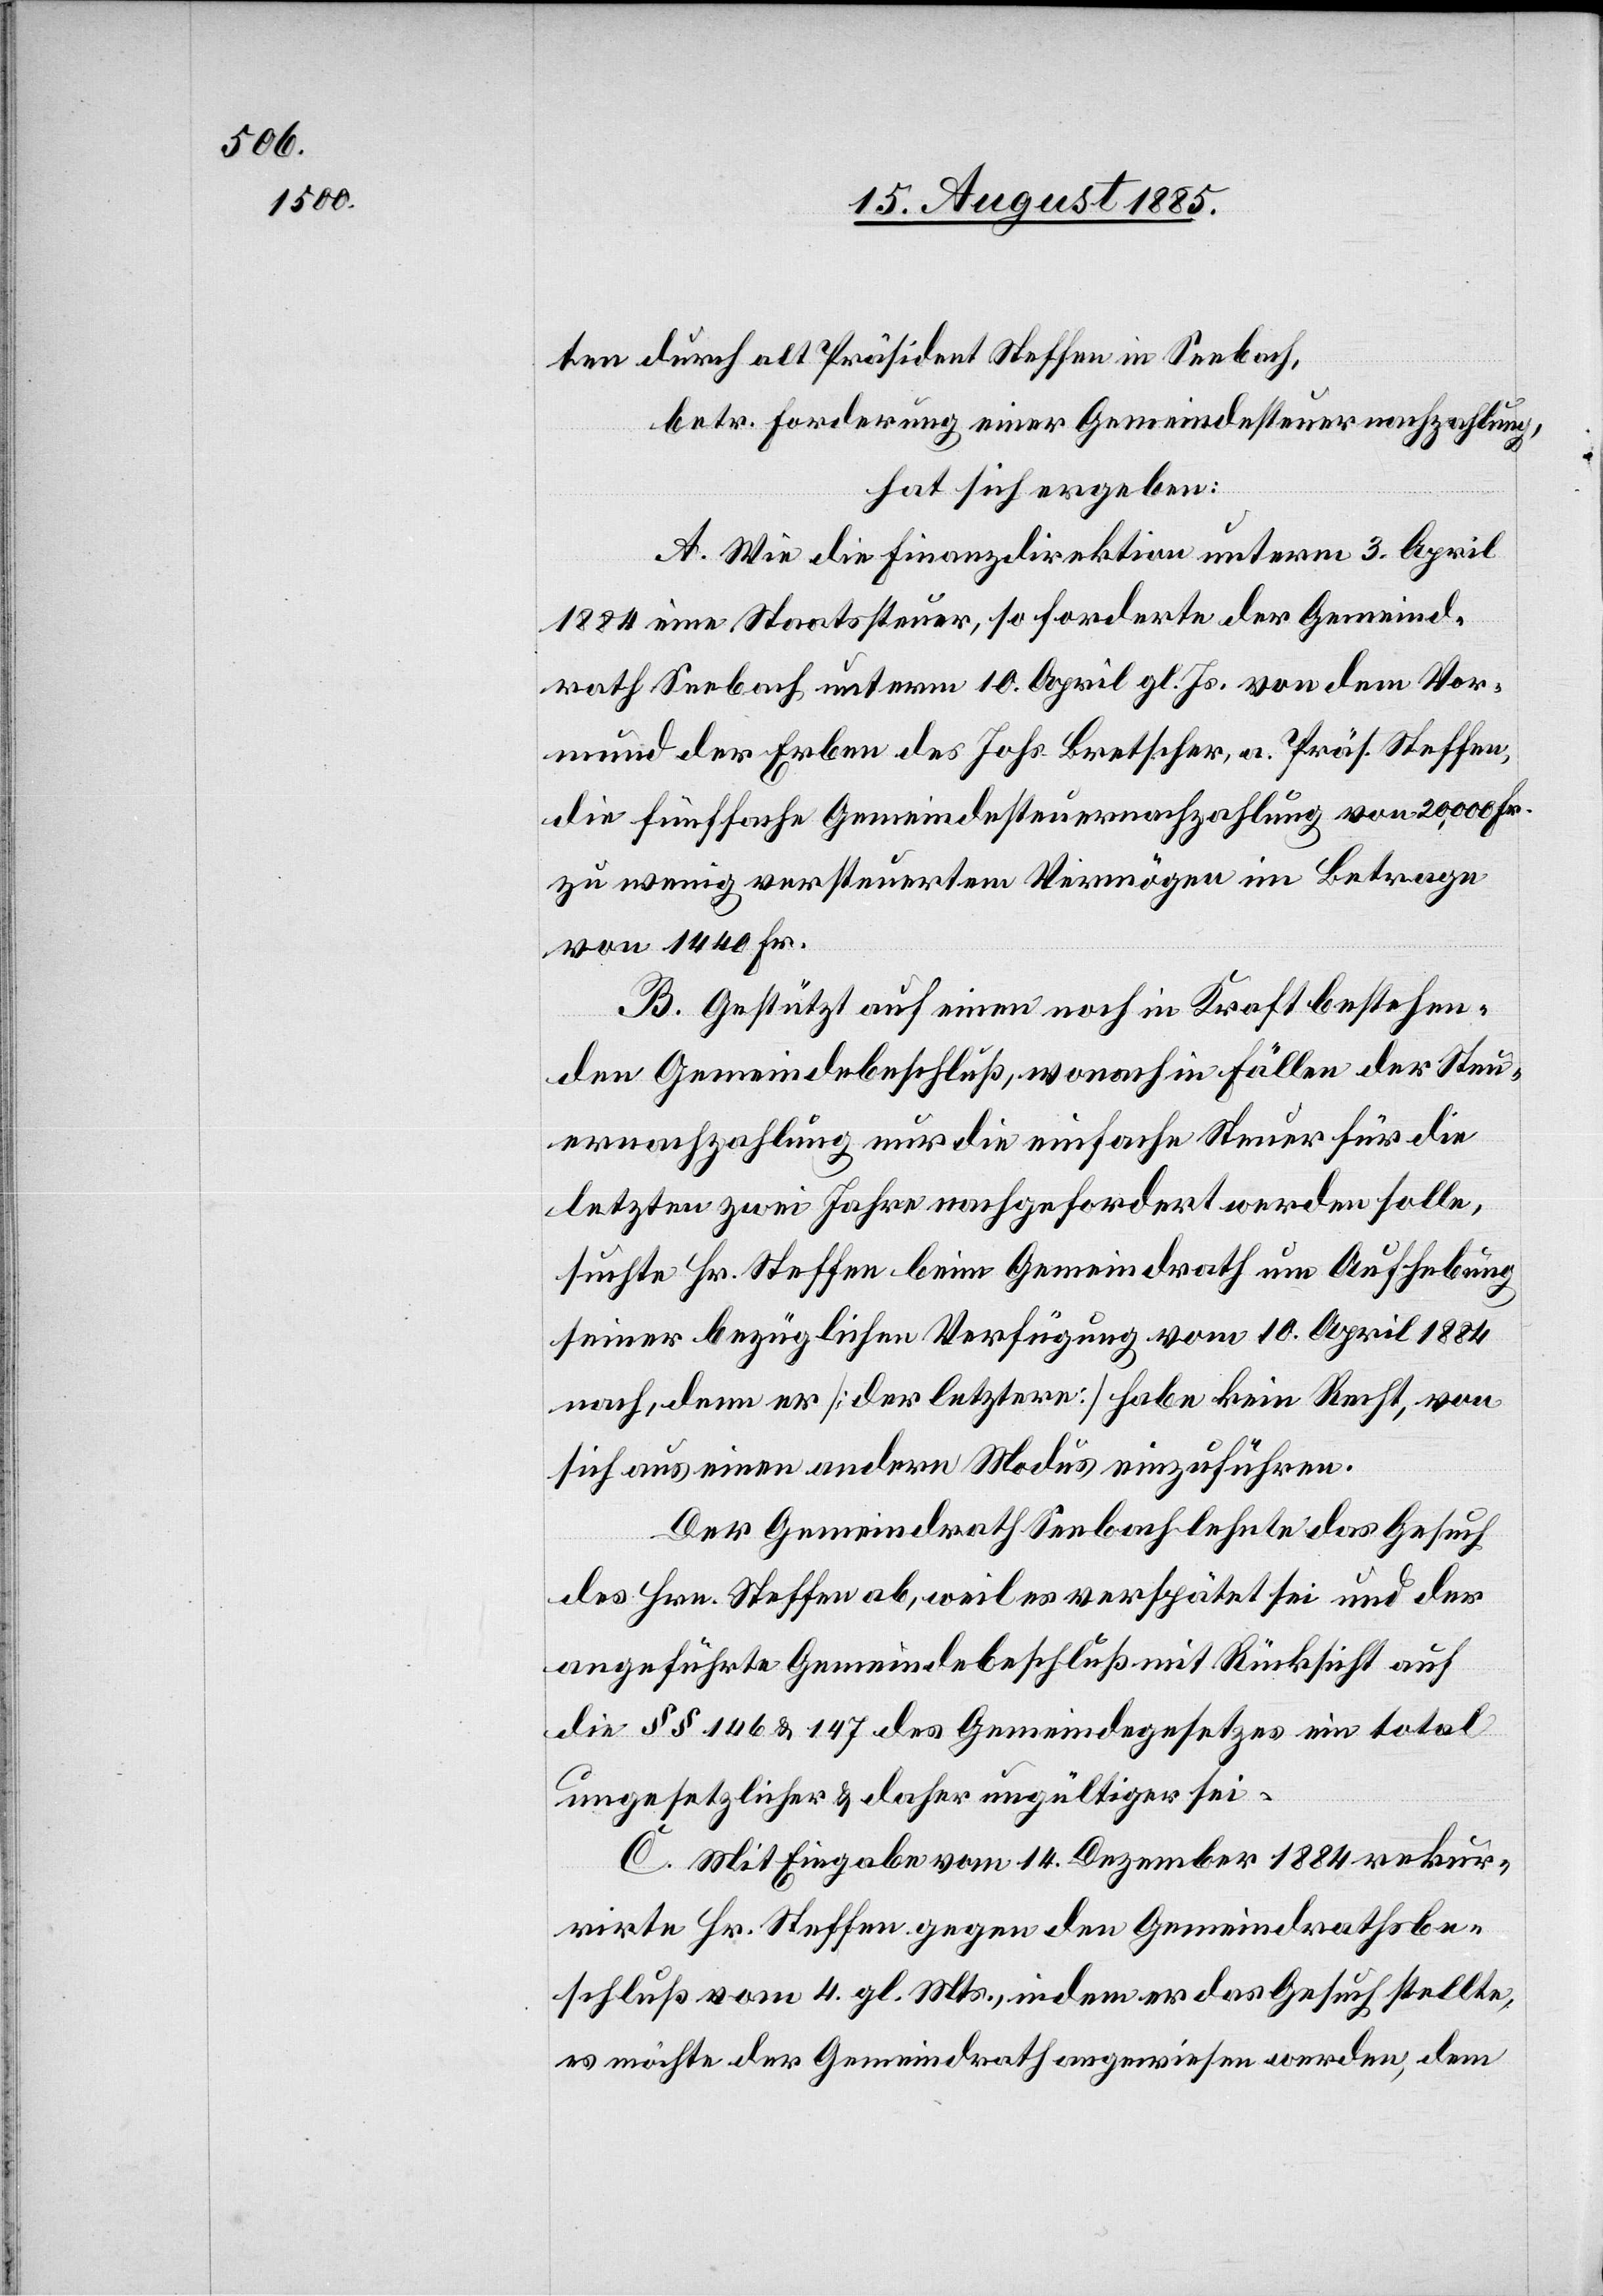
ten durch alt Präsident Steffen in Seebach,
betr. Forderung einer Gemeindesteuernachzahlung,
hat sich ergeben:
A. Wie die Finanzdirektion unterm 3. April
1884 eine Staatssteuer, so forderte der Gemeind¬
rath Seebach unterm 10. April gl. Js. von dem Vor¬
mund der Erben des Johs. Bretscher, a. Präs. Steffen,
die fünffache Gemeindesteuernachzahlung von 20,000 Fr.
zu wenig versteuertem Vermögen im Betrage
von 1440 Fr.
B. Gestützt auf einen noch in Kraft bestehen¬
den Gemeindebeschluß, wonach in Fällen der Steu¬
ernachzahlung nur die einfache Steuer für die
letzten zwei Jahre nachgefordert werden solle,
suchte Hr. Steffen beim Gemeindrath um Aufhebung
seiner bezüglichen Verfügung vom 10. April 1884
nach, denn er [der letztere] habe kein Recht, von
sich aus einen andern Modus einzuführen.
Der Gemeindrath Seebach lehnte das Gesuch
des Hrn. Steffen ab, weil es verspätet sei und der
angeführte Gemeindebeschluß mit Rücksicht auf
die §§ 146 & 147 des Gemeindegesetzes ein total
ungesetzlicher & daher ungültiger sei.
C. Mit Eingabe vom 14. Dezember 1884 rekur¬
rirte Hr. Steffen gegen den Gemeindrathsbe¬
schluß vom 4. gl. Mts., indem er das Gesuch stellte,
es möchte der Gemeindrath angewiesen werden, dem